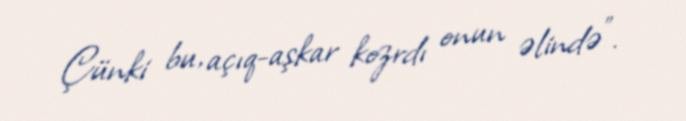
Çünki bu, açıq-aşkar kozrdı onun əlində”.